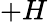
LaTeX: +H